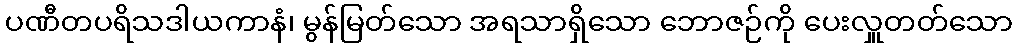
ပဏီတပရိသဒါယကာနံ၊ မွန်မြတ်သော အရသာရှိသော ဘောဇဉ်ကို ပေးလှူတတ်သော